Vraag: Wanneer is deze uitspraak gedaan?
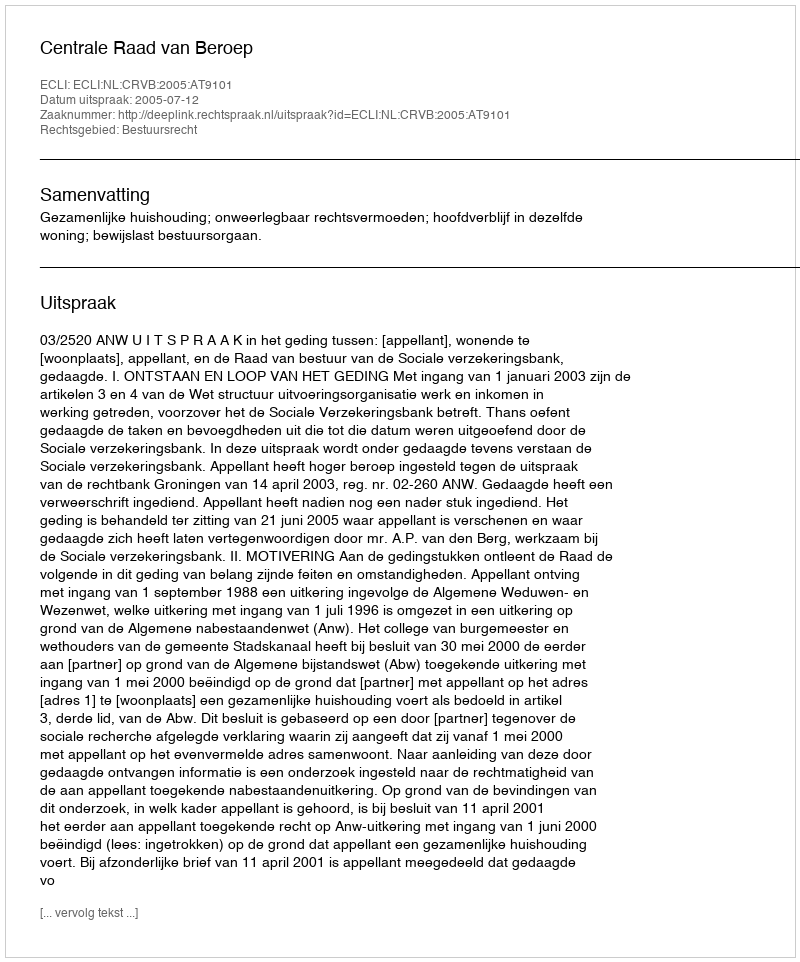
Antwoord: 2005-07-12